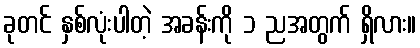
ခုတင် နှစ်လုံးပါတဲ့ အခန်းကို ၁ ညအတွက် ရှိလား။